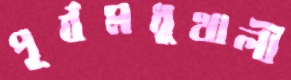
পূর্বমধুখালী